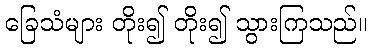
ခြေသံများ တိုး၍ တိုး၍ သွားကြသည်။